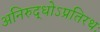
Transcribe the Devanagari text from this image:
अनिरुद्धोऽप्रतिरथः